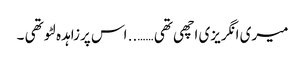
میری انگریزی اچھی تھی …….. اس پرزاہدہ لٹو تھی ۔